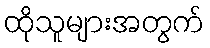
ထိုသူများအတွက်